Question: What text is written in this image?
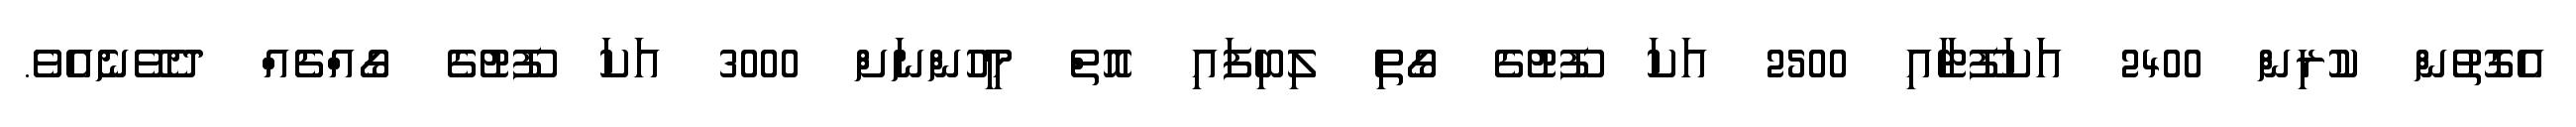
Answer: އެގޮތުން ކުރިން 2400 އަކަފޫޓާއި 2500 އަކަ ފޫޓުގެ ގޯތި ލިބިފައި އޮތް މީހުންނަށް 3000 އަކަ ފޫޓުގެ ގޯއްޗެއް ދެވޭނެއެވެ.